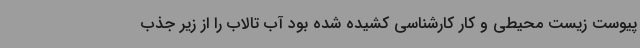
پیوست زیست محیطی و کار کارشناسی کشیده شده بود آب تالاب را از زیر جذب